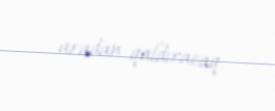
aradan qaldıracaq.